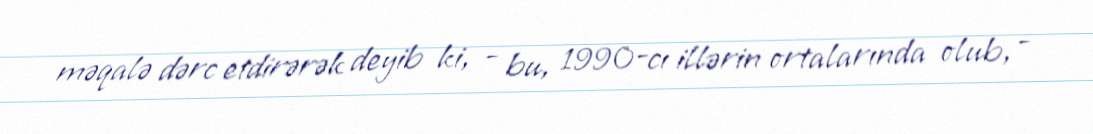
məqalə dərc etdirərək deyib ki, - bu, 1990-cı illərin ortalarında olub, -